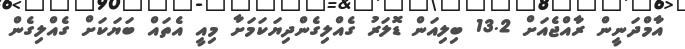
އާމްދަނީން ރާއްޖެއަށް 13.2 ބިލިއަން ޑޮލަރު ގެއްލިގެންދިޔަކަމަށާ މިއީ އެތައް ބަޔަކަށް ގެއްލިގެން